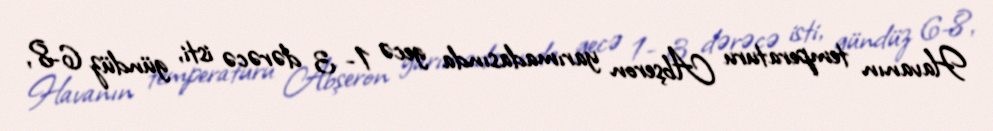
Havanın temperaturu Abşeron yarımadasında gecə 1- 3 dərəcə isti, gündüz 6-8,